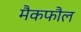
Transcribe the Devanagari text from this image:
मैकफौल